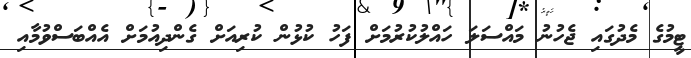
ޓީމުގެ މެދުގައި ޖެހުނު މައްސަލަ ހައްލުކުރުމަށް ފަހު ކުޅުން ކުރިއަށް ގެންދިއުމަށް އެއްބަސްވުމާއި